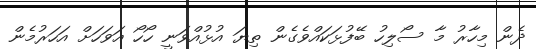
ދެން މިހާރު މާ ސޯލިހު ބޭފުޅަކައްވެގެން ތިޔަ އުޅުއްވަނީ ހޯހޯ އަަވަހަށް އަހަރުމެން